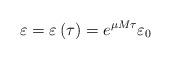
LaTeX: \begin{align*}\varepsilon = \varepsilon \left( \tau \right) = e^{\mu M \tau} \varepsilon_0\end{align*}